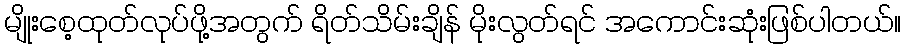
မျိုးစေ့ထုတ်လုပ်ဖို့အတွက် ရိတ်သိမ်းချိန် မိုးလွတ်ရင် အကောင်းဆုံးဖြစ်ပါတယ်။